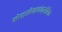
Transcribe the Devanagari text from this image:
मोक्सीफ्लोक्सेसिन